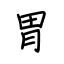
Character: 胃